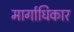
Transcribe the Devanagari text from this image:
मार्गाधिकार